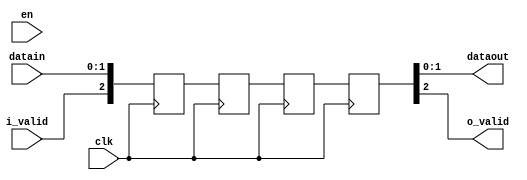
module delayShiftRegister #(
    parameter
    DATA_WIDTH=2,
    DELAY_CYCLES=4,
    USE_EN=1'B0
) (
    input wire clk,
    input wire en, 
    input wire [DATA_WIDTH-1: 0] datain,
    input wire i_valid, 
    output wire [DATA_WIDTH-1: 0] dataout,
    output wire o_valid 
);
    
reg [DATA_WIDTH: 0] SREG [DELAY_CYCLES-1: 0];
integer i;

always @(posedge clk) begin

    // if (en) begin
        SREG[DELAY_CYCLES-1] <= {i_valid, datain};

        for (i = 0; i <= DELAY_CYCLES-2; i = i + 1) begin
            if ((USE_EN & en) | ~USE_EN )
                SREG[i] <= SREG[i + 1];
            else ;
        end

    // end
        
    end

assign dataout = SREG[0][DATA_WIDTH-1: 0];
assign o_valid = SREG[0][DATA_WIDTH];
    



endmodule